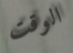
الوقت